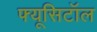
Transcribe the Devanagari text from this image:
फ्यूसिटॉल